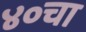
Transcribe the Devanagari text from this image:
४०चा